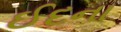
ઈદના